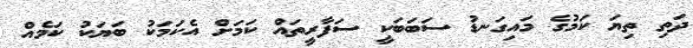
ދަތި ތިޔަ ކަމުގެ މައިގަނޑު ސަބަބަކީ ސަފާރީތައް ކަމަށް އެކަމަކު ބަޔަކު ކަމެއް